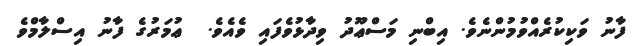
ފާނު ވަކިކުރެއްވުމުންނެވެ. އިބްނި މަސްޢޫދު ވިދާޅުވެފައި ވެއެވެ.  ޢުމަރުގެ ފާނު އިސްލާމްވެ